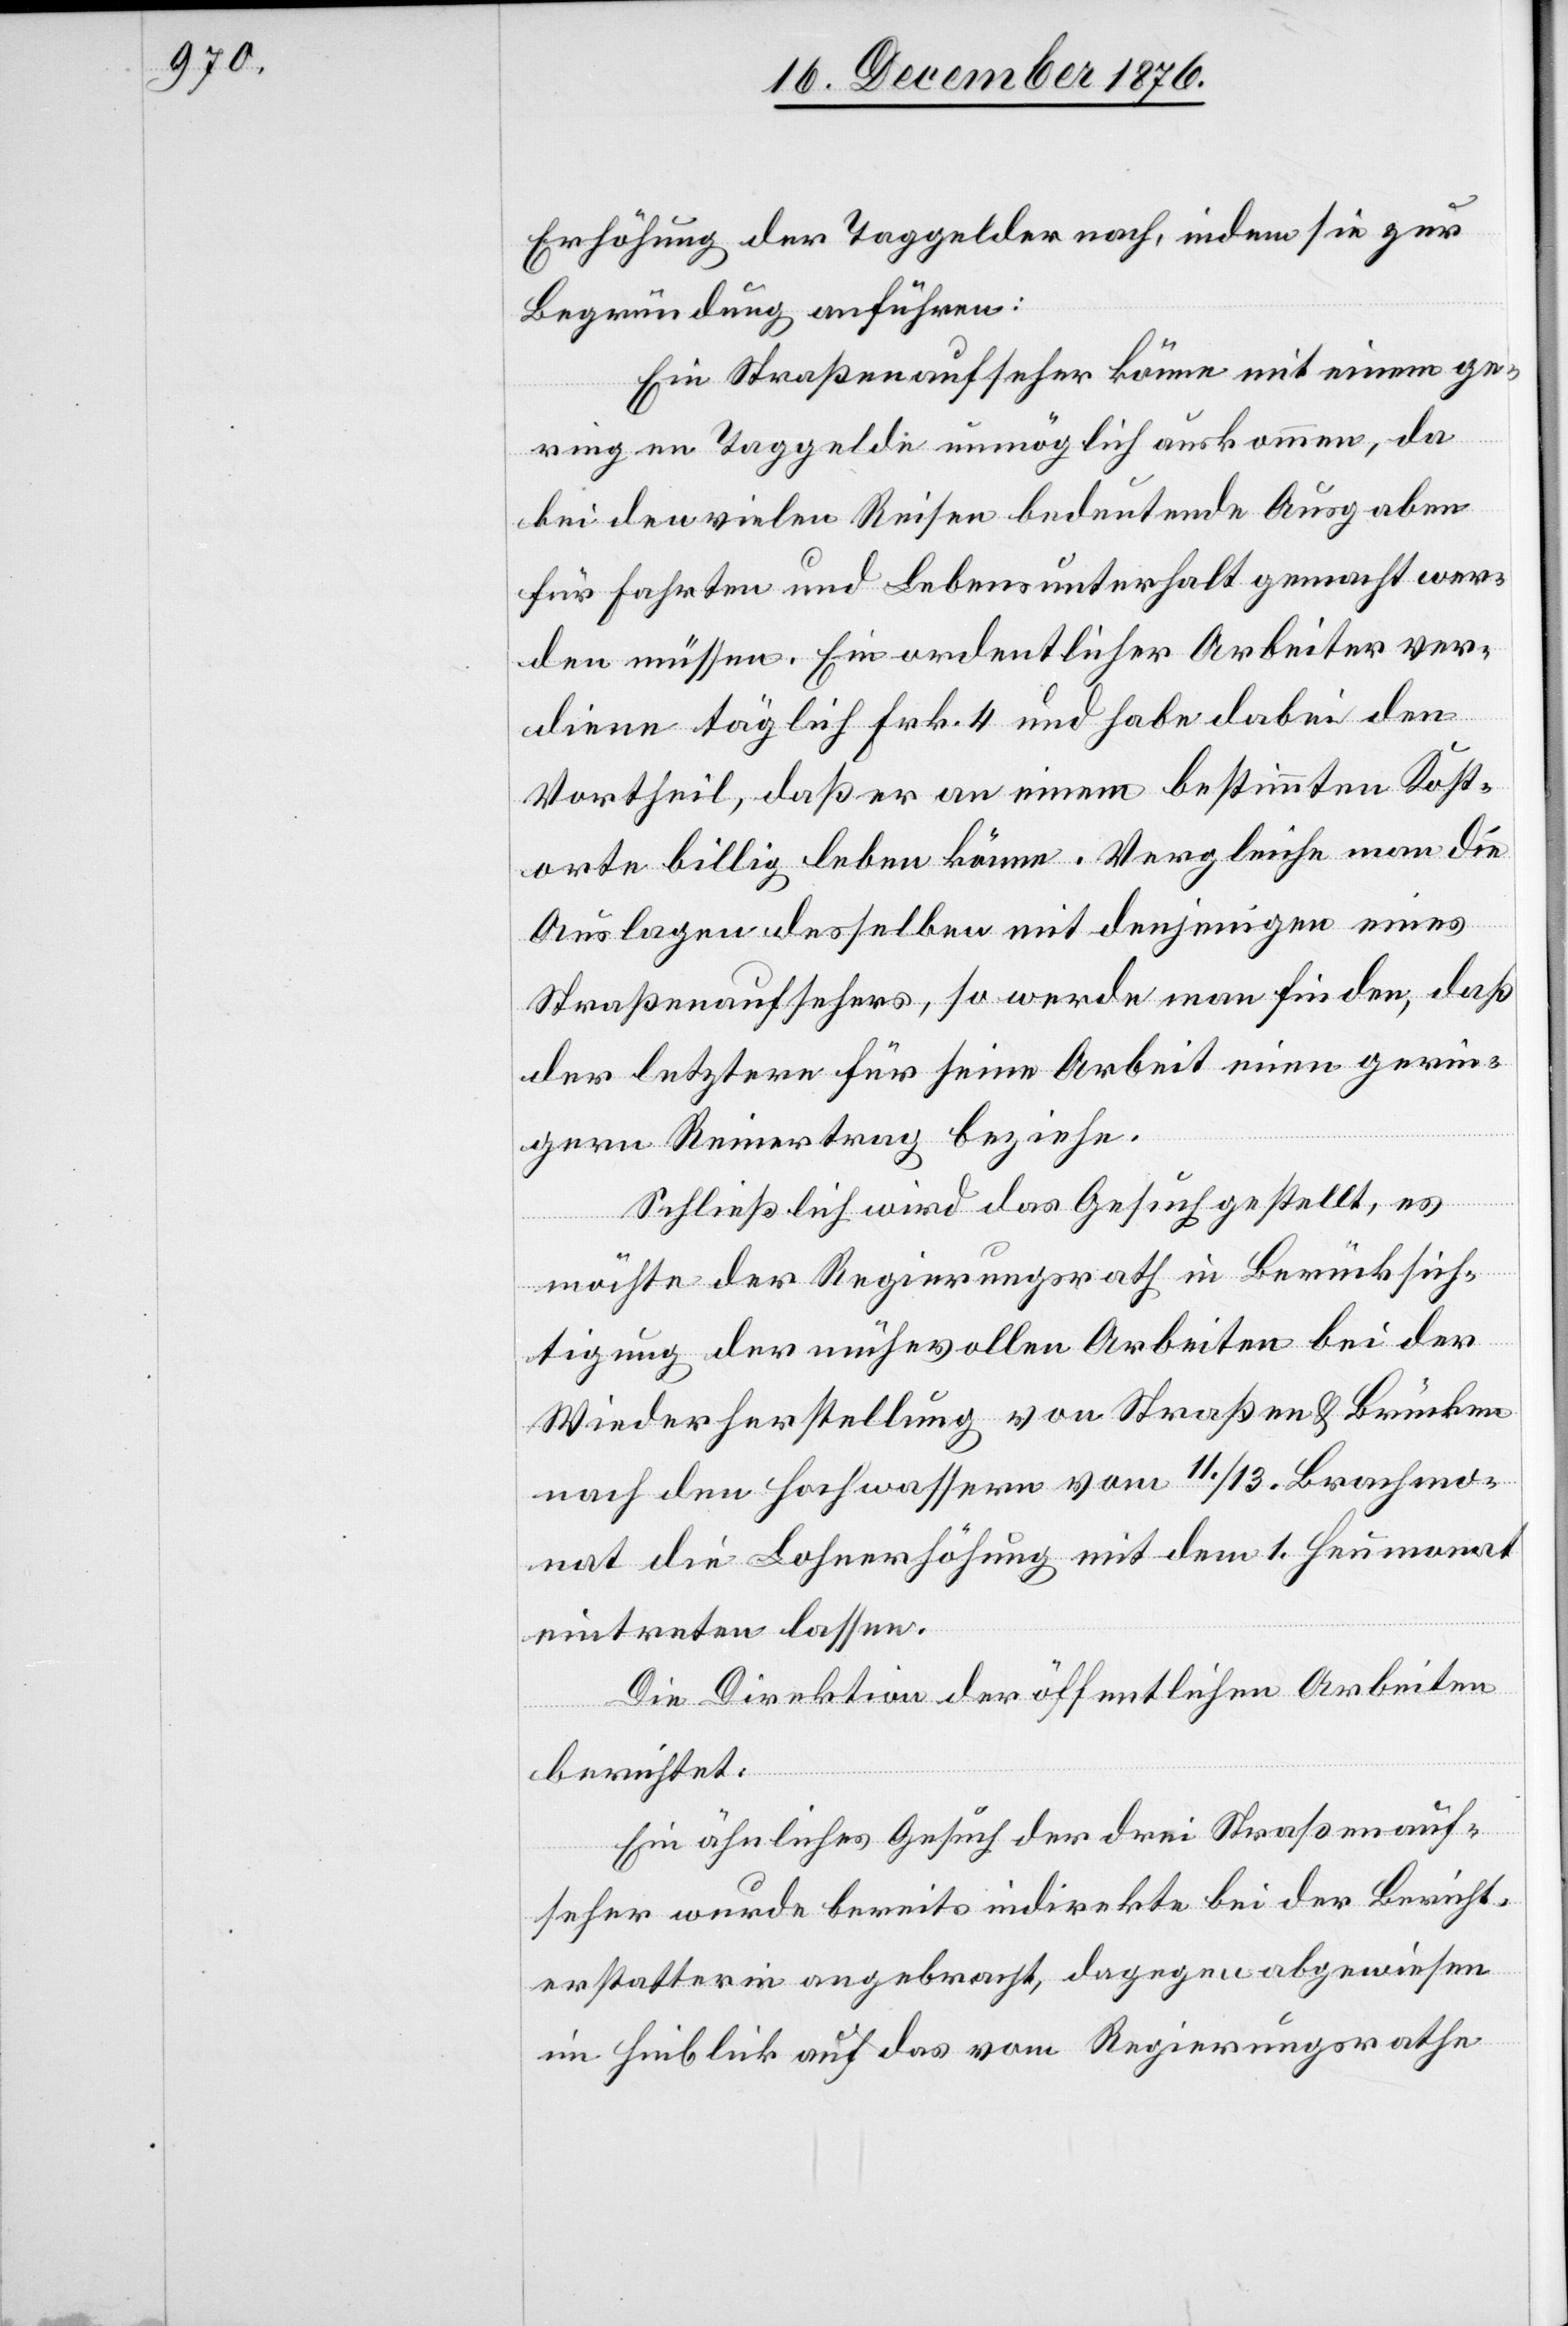
Erhöhung der Taggelder nach, indem sie zur
Begründung anführen:
Ein Straßenaufseher könne mit einem ge¬
ringen Taggelde unmöglich auskommen, da
bei den vielen Reisen bedeutende Ausgaben
für Fahrten und Lebensunterhalt gemacht wer¬
den müssen. Ein ordentlicher Arbeiter ver¬
diene täglich Frk. 4 und habe dabei den
Vortheil, daß er an einem bestimmten Kost¬
orte billig leben könne. Vergleiche man die
Auslagen desselben mit denjenigen eines
Straßenaufsehers, so werde man finden, daß
der letztere für seine Arbeit einen gerin¬
gern Reinertrag beziehe.
Schließlich wird das Gesuch gestellt, es
möchte der Regierungsrath in Berücksich¬
tigung der mühevollen Arbeiten bei der
Wiederherstellung von Straßen & Brücken
nach den Hochwassern vom 11./13. Brachmo¬
nat die Lohnerhöhung mit dem 1. Heumonat
eintreten lassen.
Die Direktion der öffentlichen Arbeiten
berichtet:
Ein ähnliches Gesuch der drei Straßenauf¬
seher wurde bereits indirekt bei der Bericht¬
erstatterin angebracht, dagegen abgewiesen
im Hinblick auf das vom Regierungsrathe